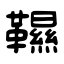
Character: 韅